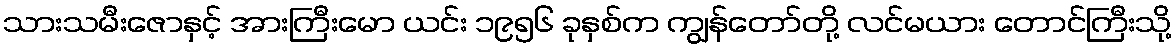
သားသမီးဇောနှင့် အားကြီးမော ယင်း ၁၉၅၆ ခုနှစ်က ကျွန်တော်တို့ လင်မယား တောင်ကြီးသို့